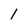
Character: 1